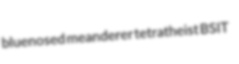
bluenosed meanderer tetratheist BSIT